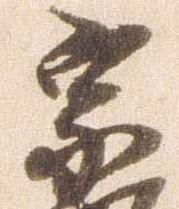
宗